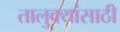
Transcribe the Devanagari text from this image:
तालुक्यांसाठी